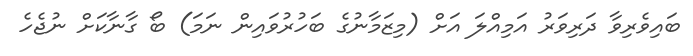
ބައިވެރިވާ ދަރިވަރު އަމިއްލަ އަށް (މިޒަމާނުގެ ބަހުރުވައިން ނަމަ) ބޯ ގާނާކަށް ނުޖެހެ